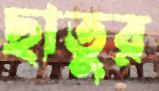
ছাতুর